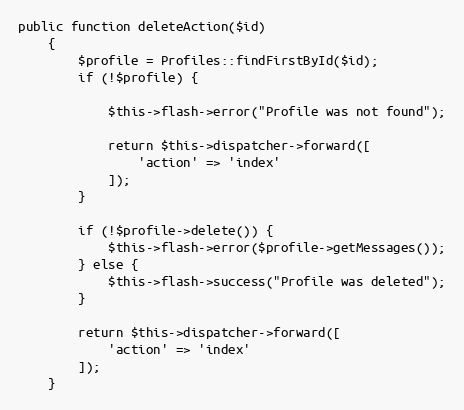
Language: PHP
public function deleteAction($id)
    {
        $profile = Profiles::findFirstById($id);
        if (!$profile) {

            $this->flash->error("Profile was not found");

            return $this->dispatcher->forward([
                'action' => 'index'
            ]);
        }

        if (!$profile->delete()) {
            $this->flash->error($profile->getMessages());
        } else {
            $this->flash->success("Profile was deleted");
        }

        return $this->dispatcher->forward([
            'action' => 'index'
        ]);
    }